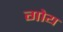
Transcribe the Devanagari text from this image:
गोय